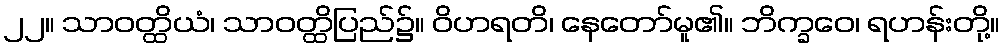
၂၂။ သာဝတ္ထိယံ၊ သာဝတ္ထိပြည်၌။ ဝိဟရတိ၊ နေတော်မူ၏။ ဘိက္ခဝေ၊ ရဟန်းတို့။